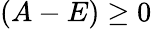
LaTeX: (A-E)\geq 0